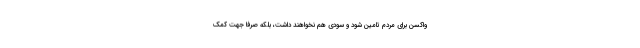
واکسن برای مردم تامین شود و سودی هم نخواهند داشت، بلکه صرفا جهت کمک